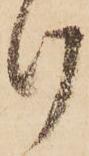
け